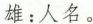
雄：人名。